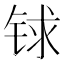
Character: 𨱇